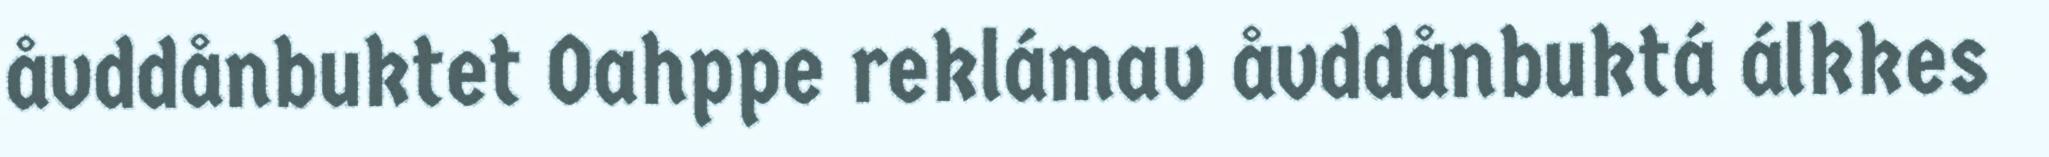
åvddånbuktet Oahppe reklámav åvddånbuktá álkkes